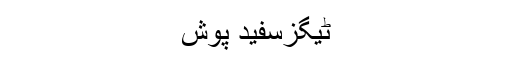
ٹیگزسفید پوش